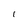
Character: i